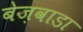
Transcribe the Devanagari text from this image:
बेज़वाडा